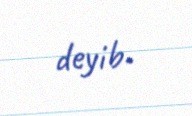
deyib.